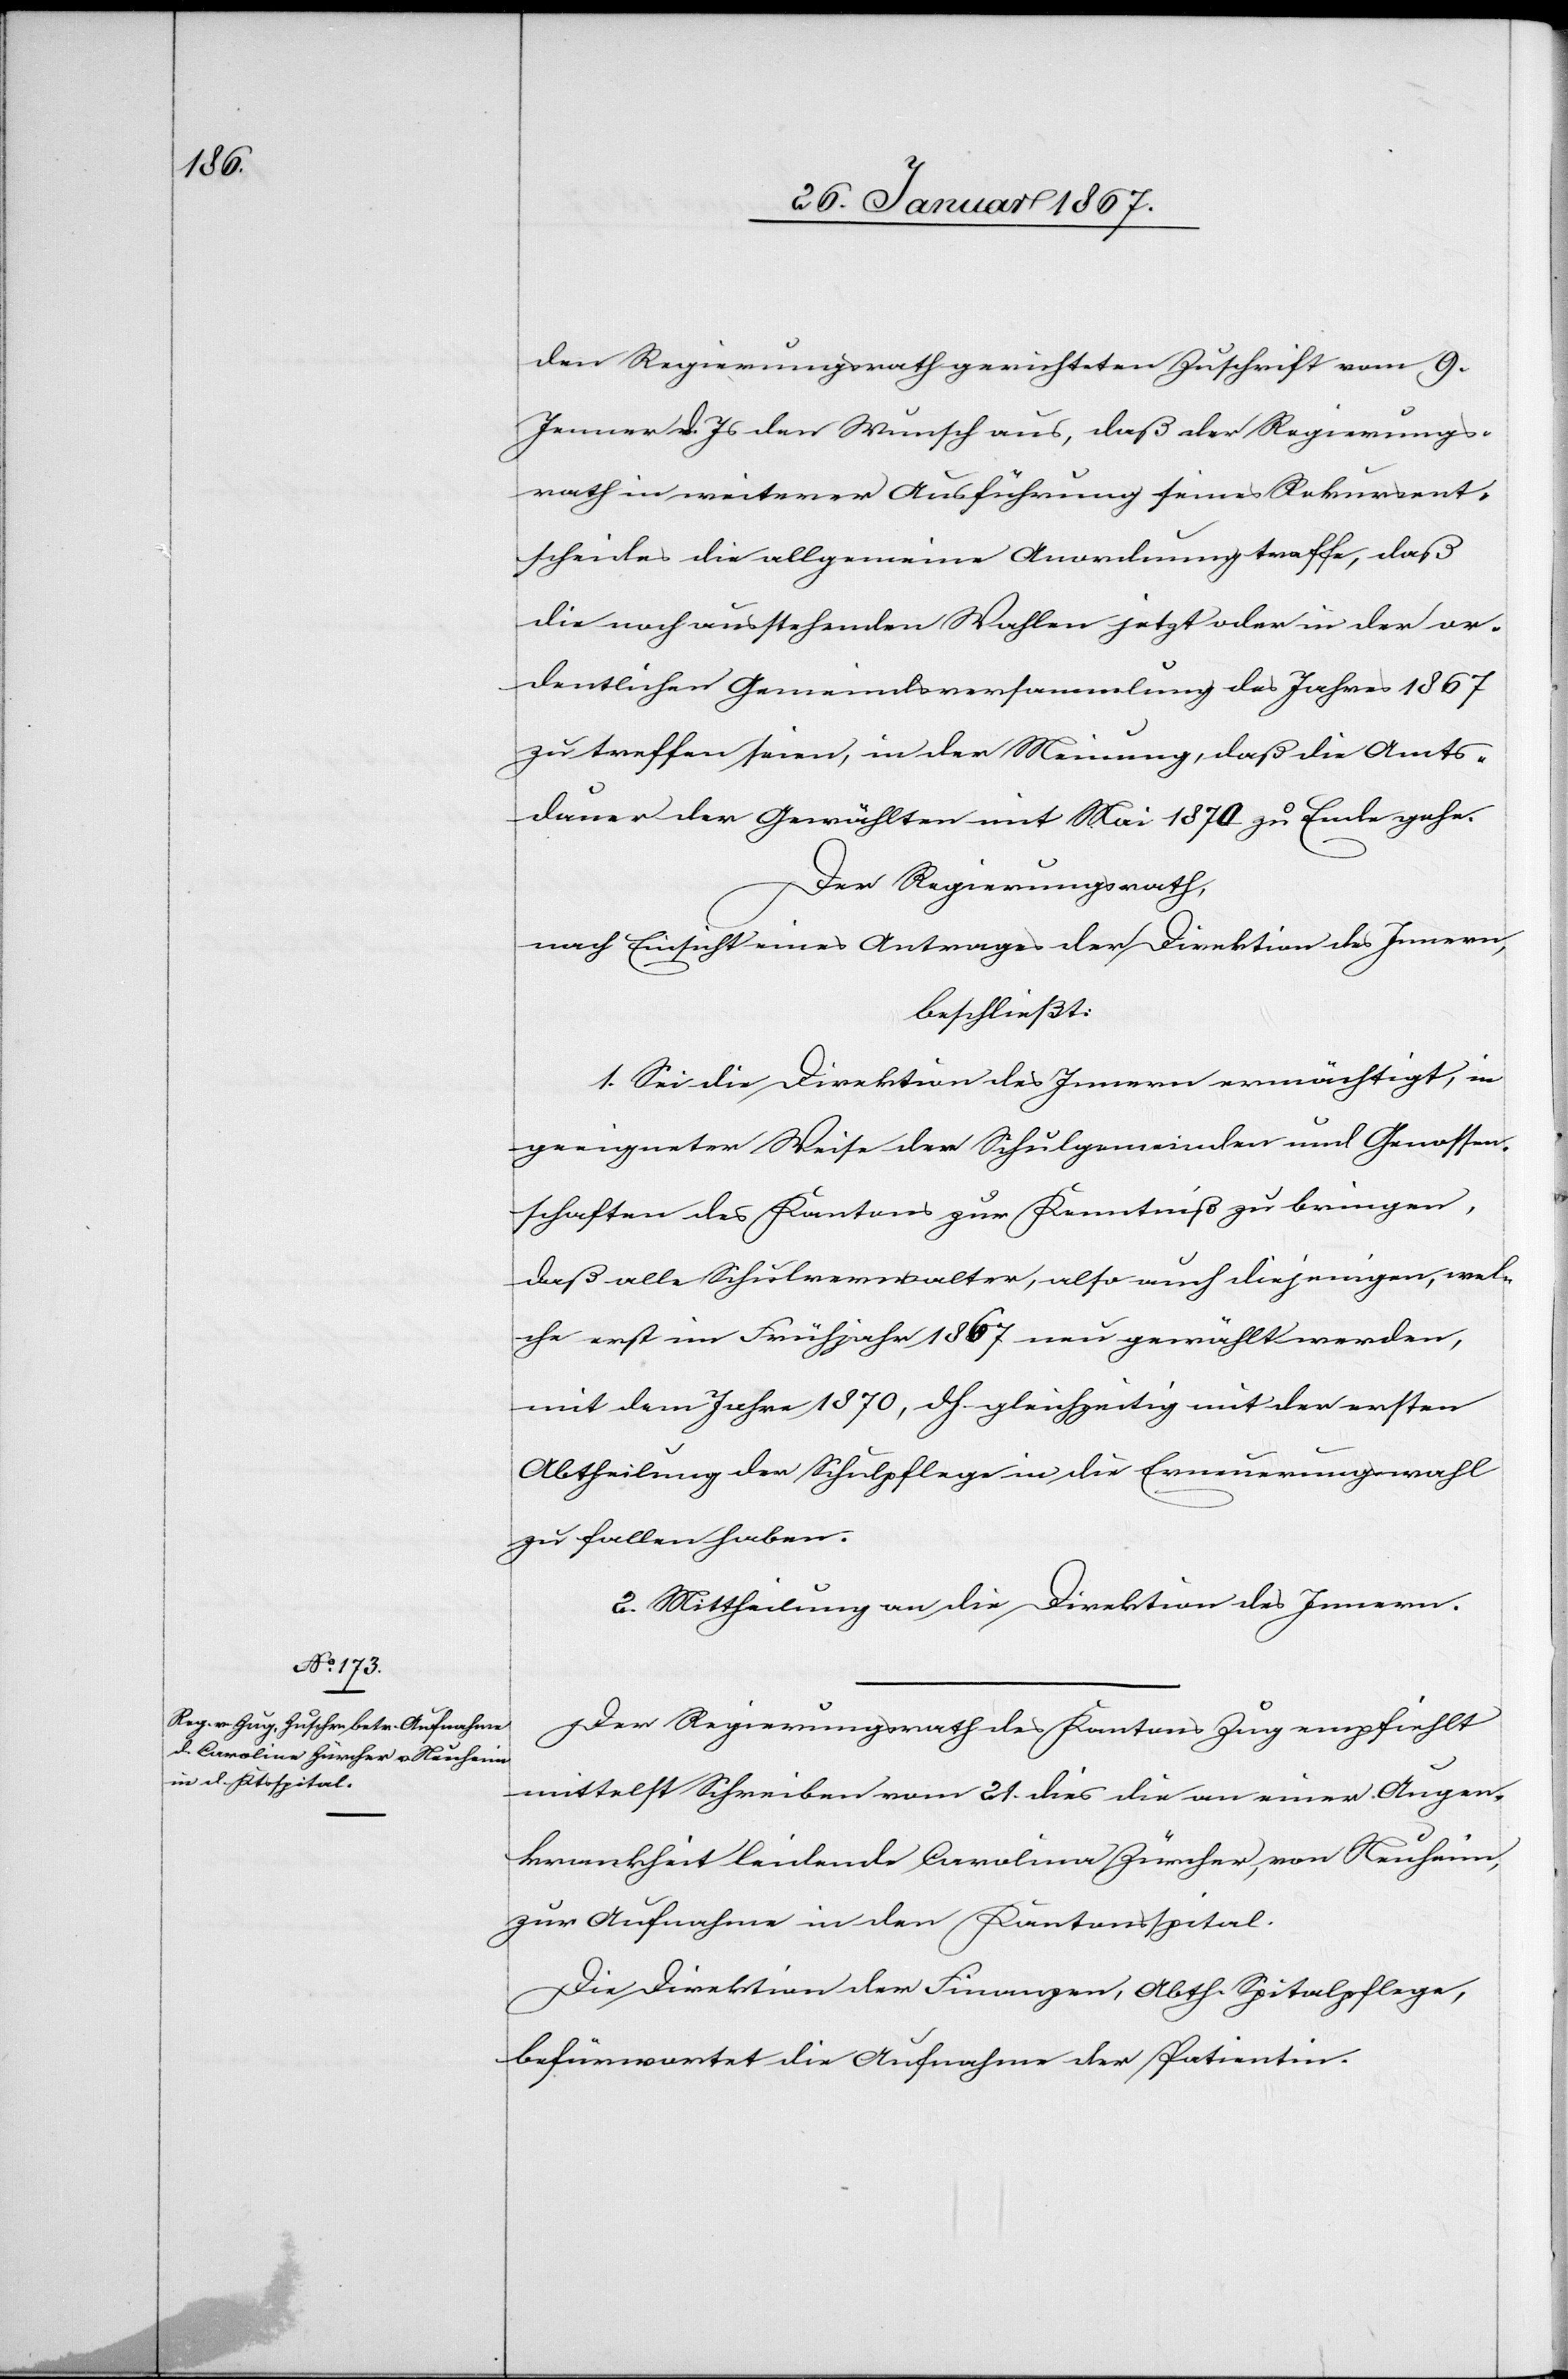
den Regierungsrath gerichteten Zuschrift vom 9.
Jenner d. Js den Wunsch aus, daß der Regierungs¬
rath in weiterer Ausführung seines Rekursent¬
scheides die allgemeine Anordnung treffe, daß
die noch ausstehenden Wahlen jetzt oder in der or¬
dentlichen Gemeindsversammlung des Jahres 1867
zu treffen seien, in der Meinung, daß die Amts¬
dauer der Gewählten mit Mai 1870 zu Ende gehe.
Der Regierungsrath,
nach Einsicht eines Antrages der Direktion des Innern,
beschließt:
1. Sei die Direktion des Innern ermächtigt, in
geeigneter Weise den Schulgemeinden und Genossen¬
schaften des Kantons zur Kenntniß zu bringen,
daß alle Schulverwalter, also auch diejenigen, wel¬
che erst im Frühjahr 1867 neu gewählt werden,
mit dem Jahre 1870, d. h. gleichzeitig mit der ersten
Abtheilung der Schulpflege in die Erneuerungswahl
zu fallen haben.
2. Mittheilung an die Direktion des Innern.
Der Regierungsrath des Kantons Zug empfiehlt
mittelst Schreiben vom 21. dies die an einer Augen¬
krankheit leidende Carolina [sic!] Zürcher, von Neuheim,
zur Aufnahme in den Kantonsspital.
Die Direktion der Finanzen, Abth. Spitalpflege,
befürwortet die Aufnahme der Patientin.